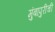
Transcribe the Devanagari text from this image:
मुंबापुरीची